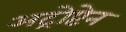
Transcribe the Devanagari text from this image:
अट्रोप्टेन